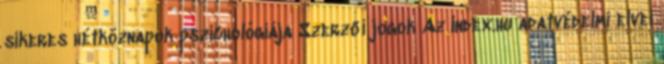
sikeres hétköznapok pszichológiája Szerzői jogok Az Index.hu adatvédelmi elvei